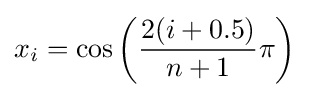
x_{i}=\cos \left({\frac {2(i+0.5)}{n+1}}\pi \right)